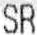
SR